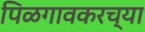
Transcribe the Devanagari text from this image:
पिळगावकरच्या